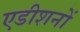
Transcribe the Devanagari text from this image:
एडीशनों